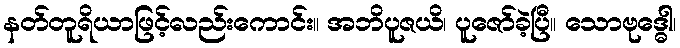
နတ်တူရိယာဖြင့်လည်းကောင်း။ အဘိပူဇယိ၊ ပူဇော်ခဲ့ပြီ။ သောဗုဒ္ဓေါ၊